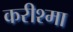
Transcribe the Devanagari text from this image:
करीश्मा